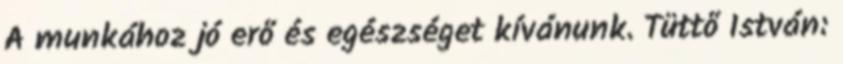
A munkához jó erő és egészséget kívánunk. Tüttő István: